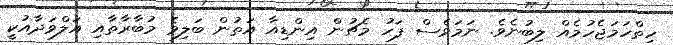
ހިތްހަމަޖެހުމެއް ލިބުނެވެ. ނަމަވެސް ފަހު މެޗުން އިންޑިއާ އަތުން ބަލިވެ މުބާރާތާއި އަލްވަދާއުކީ